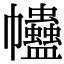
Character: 𧖂